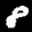
Label: 8